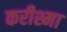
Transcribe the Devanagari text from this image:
करीश्मा